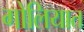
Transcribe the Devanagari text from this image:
गोलियात